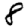
Digit: 8